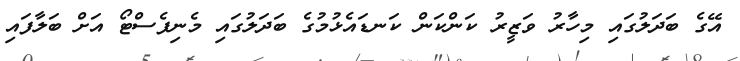
އޭގެ ބަދަލުގައި މިހާރު ވަޒީރު ކަންކަން ކަނޑައެޅުމުގެ ބަދަލުގައި މެނިފެސްޓޯ އަށް ބަލާފައި